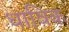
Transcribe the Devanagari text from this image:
धाविक